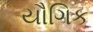
યૌગિક